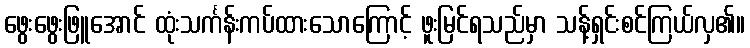
ဖွေးဖွေးဖြူအောင် ထုံးသင်္ကန်းကပ်ထားသောကြောင့် ဖူးမြင်ရသည်မှာ သန့်ရှင်းစင်ကြယ်လှ၏။